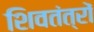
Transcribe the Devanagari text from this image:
शिवतंत्रों